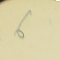
6